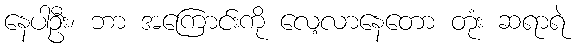
နေပါဦး၊ ဘာ အကြောင်းကို လေ့လာနေတော တုံး ဆရာရဲ